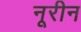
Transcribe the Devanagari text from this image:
नूरीन